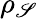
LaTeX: \rho_{\mathscr{S}}